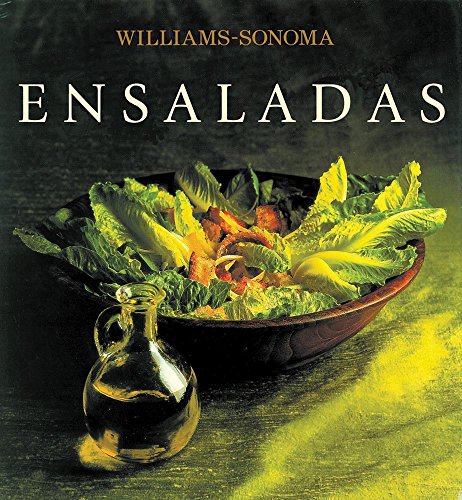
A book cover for Ensaladas / Salad (Williams-Sonoma) (Spanish Edition); Georgeanne Brennan; Cookbooks, Food & Wine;